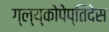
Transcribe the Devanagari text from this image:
ग्ल्य्कोपेप्तिदेस